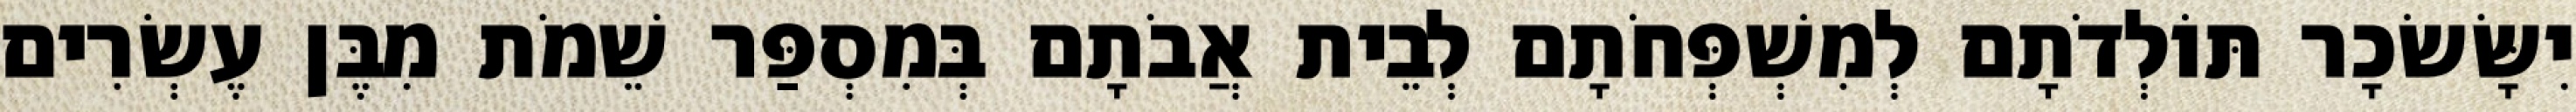
יִשָּׂשׂכָר תּוֹלְדֹתָם לְמִשְׁפְּחֹתָם לְבֵית אֲבֹתָם בְּמִסְפַּר שֵׁמֹת מִבֶּן עֶשְׂרִים